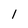
Character: 1